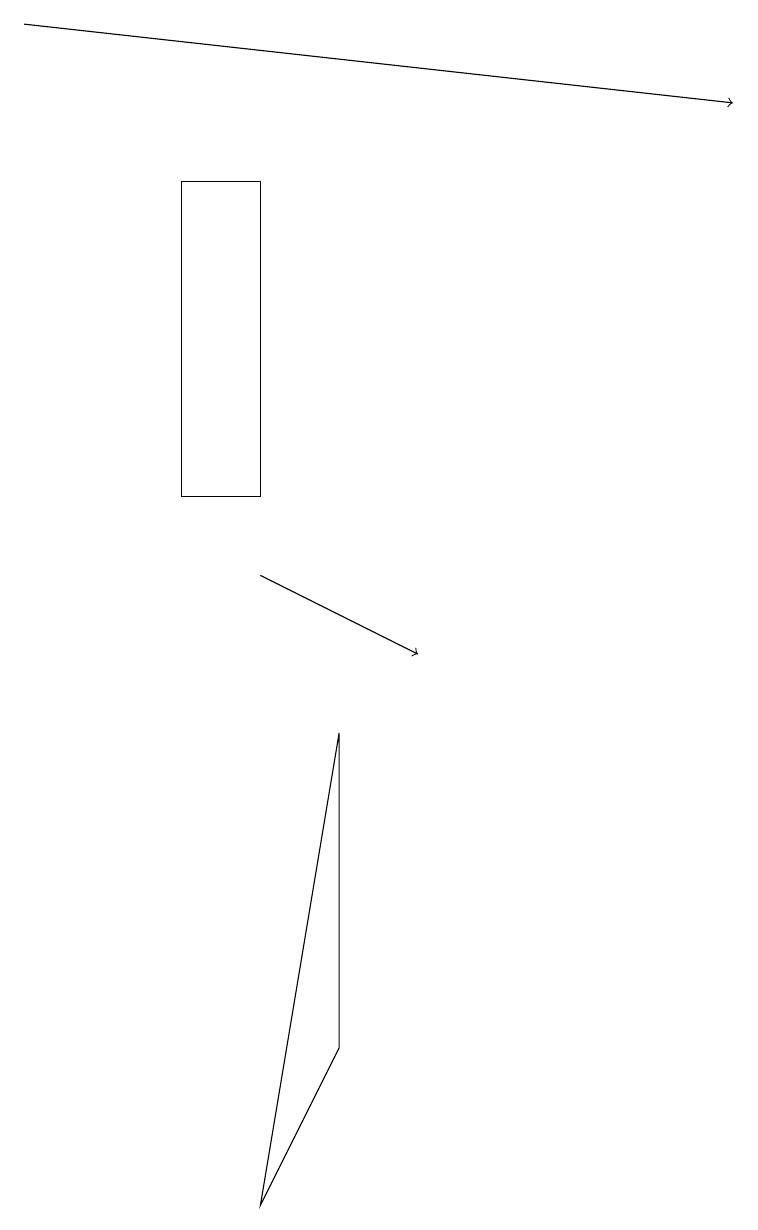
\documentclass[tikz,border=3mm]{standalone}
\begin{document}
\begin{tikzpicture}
\draw[->] (3,11) -- (5,10);
\draw (2,12) rectangle (3,16);
\draw (3,3) -- (4,5) -- (4,9) -- cycle;
\draw[->] (0,18) -- (9,17);
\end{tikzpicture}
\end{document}